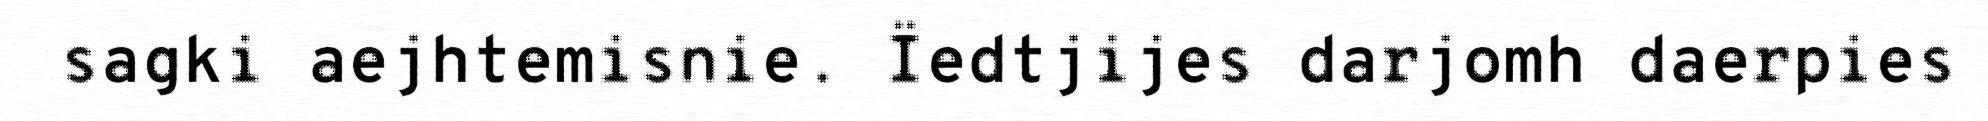
sagki aejhtemisnie. Ïedtjijes darjomh daerpies